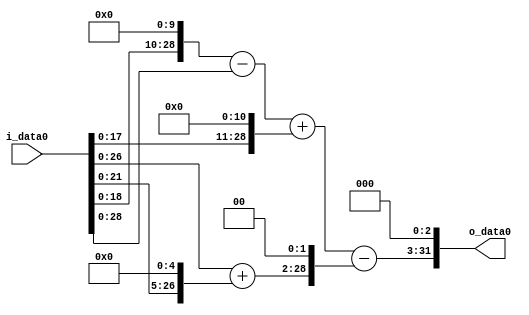
module multiplier_block_5 (
    i_data0,
    o_data0
);
  input   [31:0] i_data0;
  output  [31:0]
    o_data0;
  wire [31:0]
    w1,
    w1024,
    w1023,
    w2048,
    w3071,
    w32,
    w33,
    w132,
    w2939,
    w23512;
  assign w1 = i_data0;
  assign w1023 = w1024 - w1;
  assign w1024 = w1 << 10;
  assign w132 = w33 << 2;
  assign w2048 = w1 << 11;
  assign w23512 = w2939 << 3;
  assign w2939 = w3071 - w132;
  assign w3071 = w1023 + w2048;
  assign w32 = w1 << 5;
  assign w33 = w1 + w32;
  assign o_data0 = w23512;
endmodule